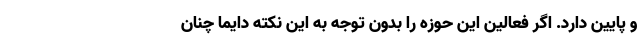
و پایین دارد. اگر فعالین این حوزه را بدون توجه به این نکته دایما چنان